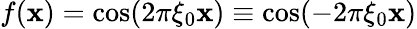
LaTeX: f(\mathbf{x})=\cos(2\pi\xi_{0}\mathbf{x})\equiv\cos(-2\pi\xi_{0}\mathbf{x})